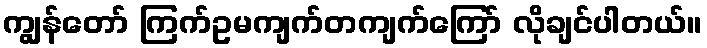
ကျွန်တော် ကြက်ဥမကျက်တကျက်ကြော် လိုချင်ပါတယ်။